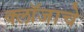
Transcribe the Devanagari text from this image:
क्लॉजाचे